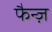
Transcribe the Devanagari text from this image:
फैन्ज़